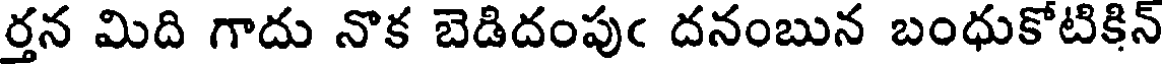
ర్తన మిది గాదు నొక బెడిదంపుఁ దనంబున బంధుకోటికిన్